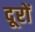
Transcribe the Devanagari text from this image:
दूरों